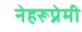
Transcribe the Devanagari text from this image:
नेहरूप्रेमी